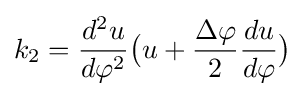
k_{2}={d^{2}u \over d\varphi ^{2}}{\bigl (}u+{\frac {\Delta \varphi }{2}}{du \over d\varphi }{\bigr )}